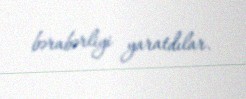
bərabərliyi yaratdılar.